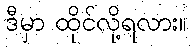
ဒီမှာ ထိုင်လို့ရလား။